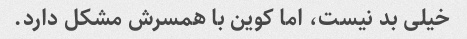
خیلی بد نیست، اما کوین با همسرش مشکل دارد.